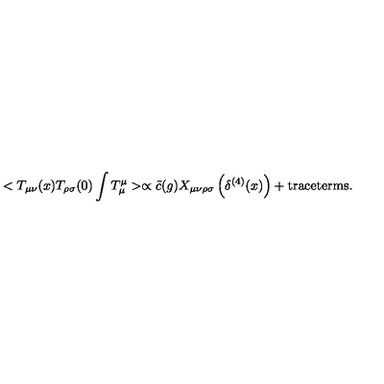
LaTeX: < T _ { \mu \nu } ( x ) T _ { \rho \sigma } ( 0 ) \int T _ { \mu } ^ { \mu } > \propto \tilde { c } ( g ) X _ { \mu \nu \rho \sigma } \left( \delta ^ { ( 4 ) } ( x ) \right) + \mathrm { t r a c e t e r m s . }